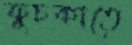
ফুচকাতে